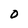
Character: 0